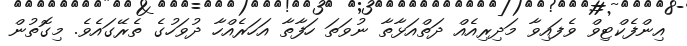
އިންފެކްޓިވް ވެފައިވާ މަދިރިއެއް ދަތްއަޅާތާ ނުވަތަ ހަފާތާ އަހަރެއްހާ ދުވަހުގެ ތެރޭގައެވެ. މިގޮތުން